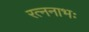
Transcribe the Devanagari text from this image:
रत्ननाभः